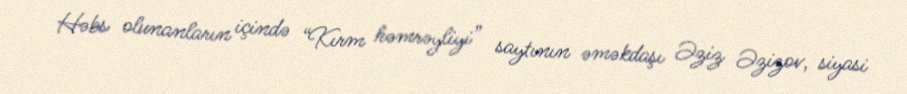
Həbs olunanların içində “Kırm həmrəyliyi” saytının əməkdaşı Əziz Əzizov, siyasi